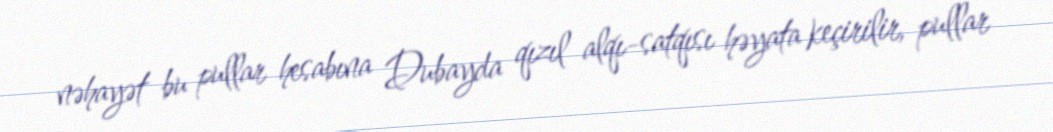
nəhayət bu pullar hesabına Dubayda qızıl alqı-satqısı həyata keçirilir, pullar